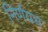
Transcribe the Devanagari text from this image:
निर्णयच